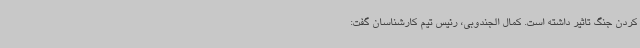
کردن جنگ تاثیر داشته است. کمال الجندوبی، رئیس تیم کارشناسان گفت: